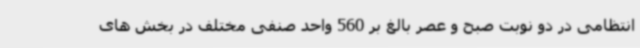
انتظامی در دو نوبت صبح و عصر بالغ بر 560 واحد صنفی مختلف در بخش های